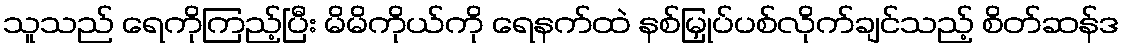
သူသည် ရေကိုကြည့်ပြီး မိမိကိုယ်ကို ရေနက်ထဲ နစ်မြှုပ်ပစ်လိုက်ချင်သည့် စိတ်ဆန်ဒ